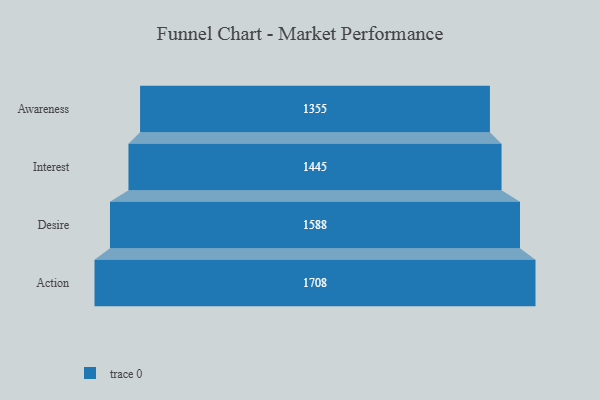
{"axis": {"x": "Stage", "y": "Value"}, "legend": [""], "data": [{"x": "Awareness", "y": 1355.0, "type": ""}, {"x": "Interest", "y": 1445.0, "type": ""}, {"x": "Desire", "y": 1588.0, "type": ""}, {"x": "Action", "y": 1708.0, "type": ""}]}